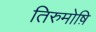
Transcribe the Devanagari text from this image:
तिरुमोष़ि